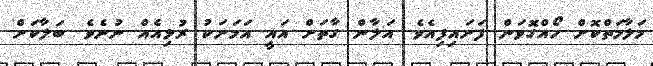
މަލާމަތްކޮށް ހޯއްގޮވަން ފަށައިފިއެވެ. އަލާން ގާތަށް އައީ އަމަށަކު ރުޅިއެއް ނުނެވެ. ބަލާކަށް